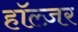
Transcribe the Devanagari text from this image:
हॉल्ज़र